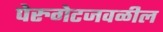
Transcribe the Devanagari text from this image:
पेरुगेटजवळील